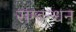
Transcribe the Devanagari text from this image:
सम्बन्धन